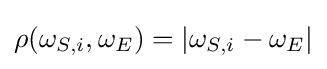
\rho (\omega _{S,i},\omega _{E})=|\omega _{S,i}-\omega _{E}|